Scientific memoirs by medical officers of the Army of India - Part VI,
Year: 1891
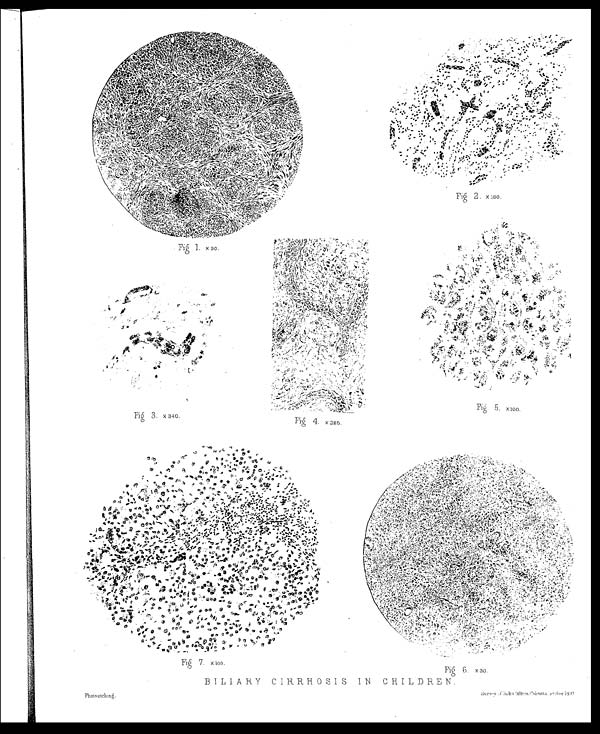
BILIARY CIRRHOSIS IN CHILDREN.